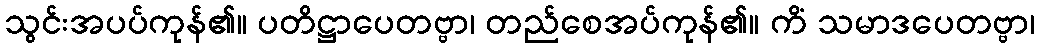
သွင်းအပပ်ကုန်၏။ ပတိဋ္ဌာပေတဗ္ဗာ၊ တည်စေအပ်ကုန်၏။ ကိံ သမာဒပေတဗ္ဗာ၊